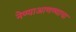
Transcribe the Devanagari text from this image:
नेण्याआणण्याचा